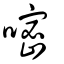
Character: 嘧